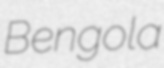
Bengola